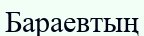
Бараевтың